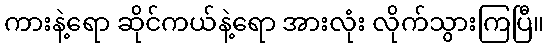
ကားနဲ့ရော ဆိုင်ကယ်နဲ့ရော အားလုံး လိုက်သွားကြပြီ။